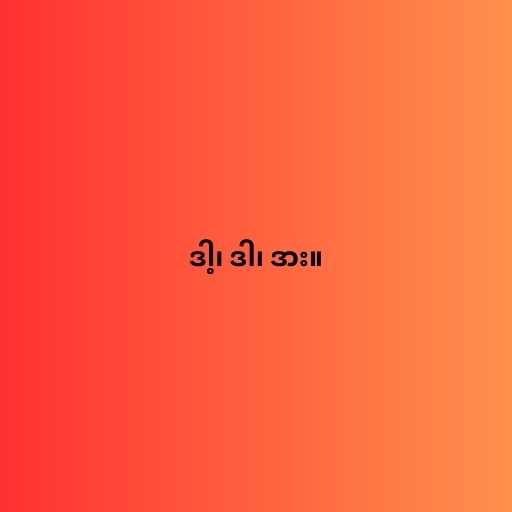
ဒါ့၊ ဒါ၊ ဒား။